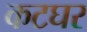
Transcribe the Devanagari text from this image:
कटघर